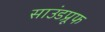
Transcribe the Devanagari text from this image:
साउंडप्रूफ